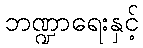
ဘဏ္ဍာရေးနှင့်